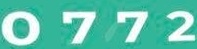
0772